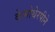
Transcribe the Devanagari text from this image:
केमोथेरपीने